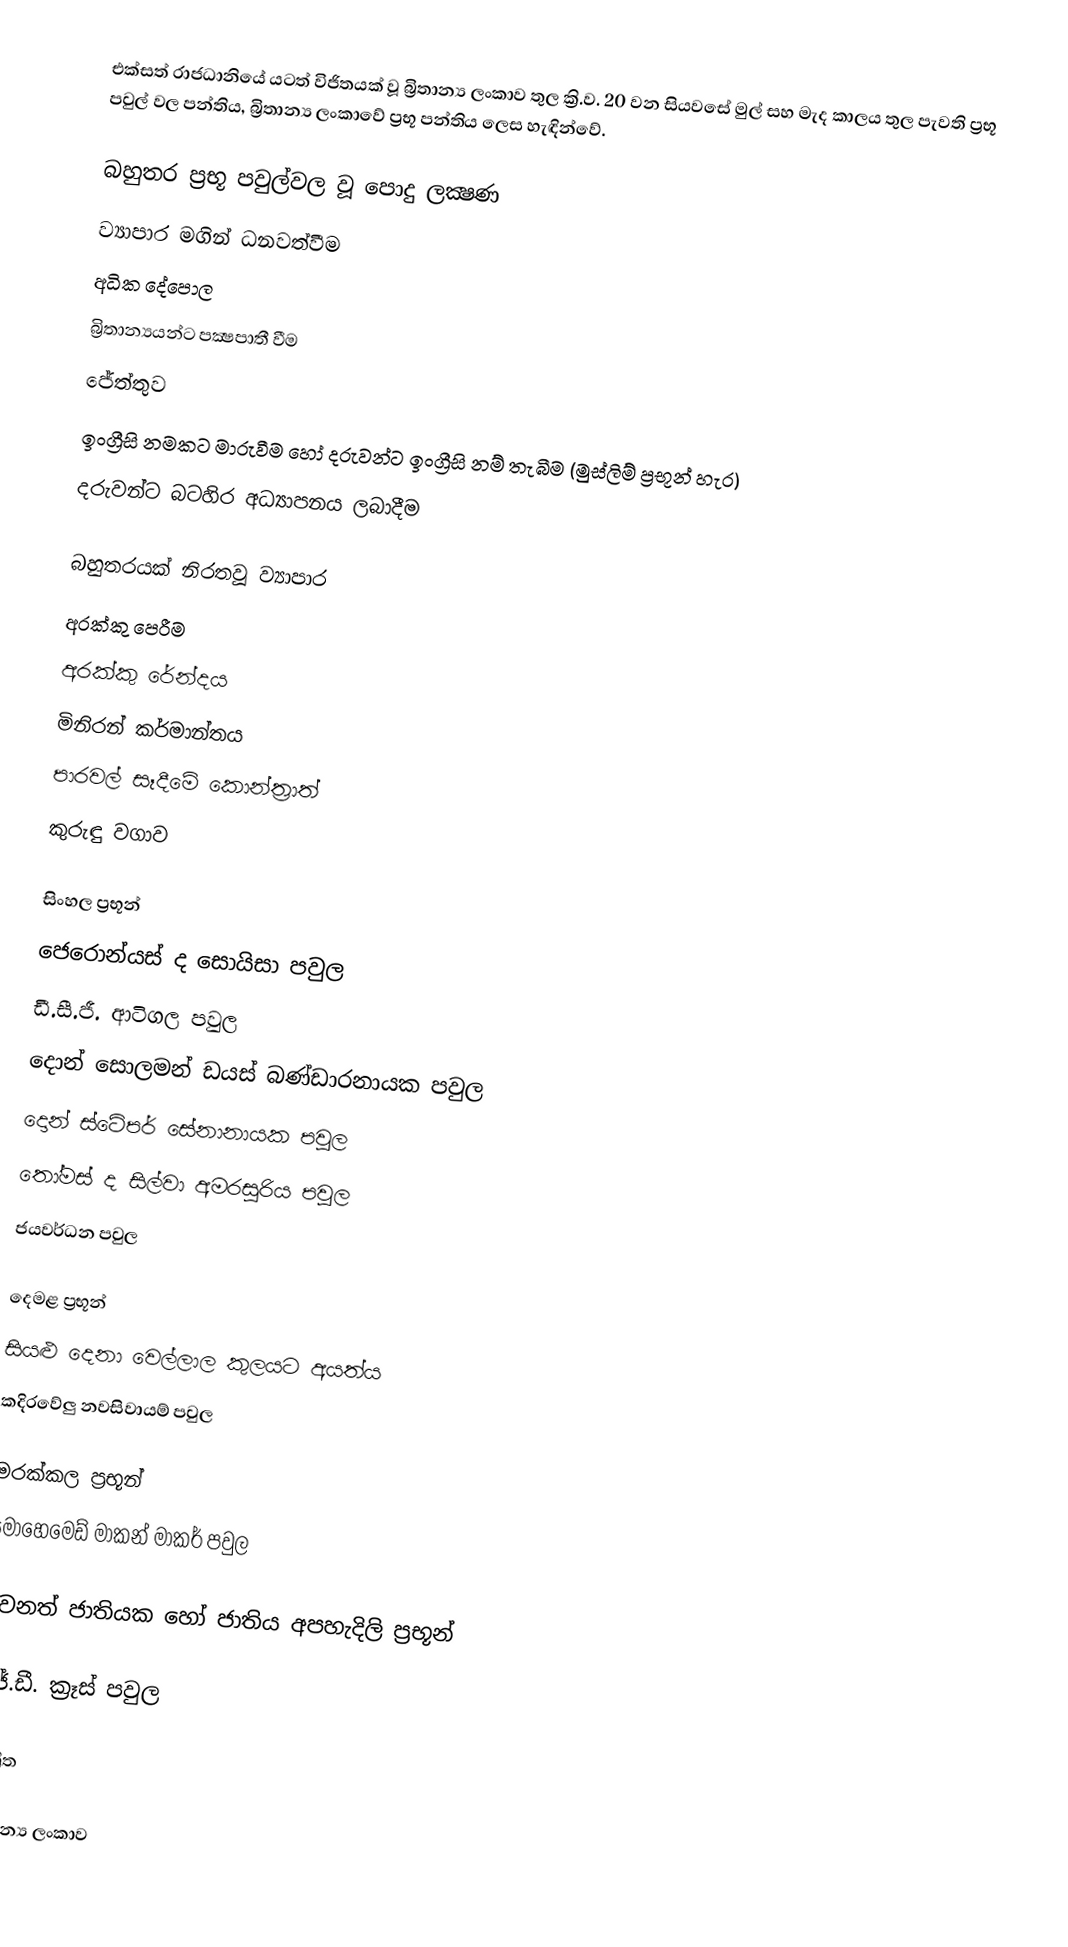
එක්සත් රාජධානියේ යටත් විජිතයක් වූ බ්‍රිතාන්‍ය ලංකාව තුල ක්‍රි.ව. 20 වන සියවසේ මුල් සහ මැද කාලය තුල පැවති ප්‍රභූ පවුල් වල පන්තිය, බ්‍රිතාන්‍ය ලංකාවේ ප්‍රභූ පන්තිය ලෙස හැඳින්වේ.

බහුතර ප්‍රභූ පවුල්වල වූ පොදු ලක්‍ෂණ
 ව්‍යාපාර මගින් ධනවත්වීම
 අධික දේපොල
 බ්‍රිතාන්‍යයන්ට පක්‍ෂපාතී වීම
 ජේත්තුව
 ඉංග්‍රීසි නමකට මාරුවීම හෝ දරුවන්ට ඉංග්‍රීසි නම් තැබීම (මුස්ලිම් ප්‍රභූන් හැර)
 දරුවන්ට බටහිර අධ්‍යාපනය ලබාදීම

බහුතරයක් නිරතවූ ව්‍යාපාර
 අරක්කු පෙරීම
 අරක්කු රේන්දය
 මිනිරන් කර්මාන්තය
 පාරවල් සෑදීමේ කොන්ත්‍රාත්
 කුරුඳු වගාව

සිංහල ප්‍රභූන්
 ජෙරොන්යස් ද සොයිසා පවුල
 ඩී.සී.ජී. ආටිගල පවුල
 දොන් සොලමන් ඩයස් බණ්ඩාරනායක පවුල
 දොන් ස්ටේපර් සේනානායක පවුල
 තෝමස් ද සිල්වා අමරසූරිය පවුල
 ජයවර්ධන පවුල

දෙමළ ප්‍රභූන්
සියළු දෙනා වෙල්ලාල කුලයට අයත්ය
 කදිරවේලු නවසිවායම් පවුල

මරක්කල ප්‍රභූන්
 මොහෙමෙඩ් මාකන් මාකර් පවුල

වෙනත් ජාතියක හෝ ජාතිය අපහැදිලි ප්‍රභූන්

 ජේ.ඩී. ක්‍රෑස් පවුල

ආශ්‍රිත

බ්‍රිතාන්‍ය ලංකාව